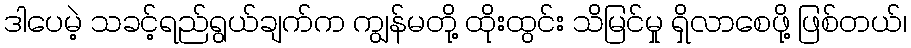
ဒါပေမဲ့ သခင့်ရည်ရွယ်ချက်က ကျွန်မတို့ ထိုးထွင်း သိမြင်မှု ရှိလာစေဖို့ ဖြစ်တယ်၊